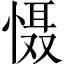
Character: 慑